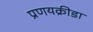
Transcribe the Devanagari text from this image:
प्रणयक्रीडा